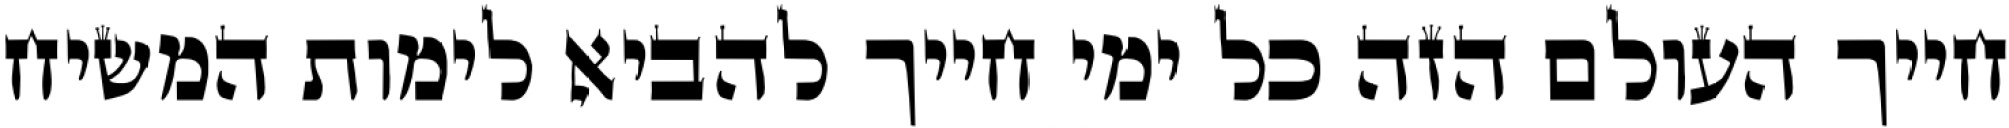
חייך העולם הזה כל ימי חייך להביא לימות המשיח